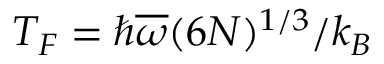
T _ { F } = \hbar \overline { { \omega } } ( 6 N ) ^ { 1 / 3 } / k _ { B }